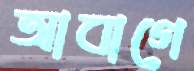
আবাগে